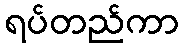
ရပ်တည်ကာ